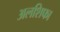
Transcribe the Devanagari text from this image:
अलशिफा